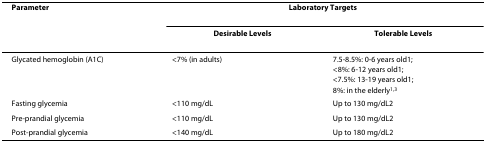
<table><thead><tr><td><b>Parameter</b></td><td colspan="2"><b>Laboratory Targets</b></td></tr><tr><td></td><td><b>Desirable Levels</b></td><td><b>Tolerable Levels</b></td></tr></thead><tbody><tr><td>Glycated hemoglobin (A1C)</td><td>&lt;7% (in adults)</td><td>7.5-8.5%: 0-6 years old1;&lt;8%: 6-12 years old1;&lt;7.5%: 13-19 years old1;8%: in the elderly<sup>1,3</sup></td></tr><tr><td>Fasting glycemia</td><td>&lt;110 mg/dL</td><td>Up to 130 mg/dL2</td></tr><tr><td>Pre-prandial glycemia</td><td>&lt;110 mg/dL</td><td>Up to 130 mg/dL2</td></tr><tr><td>Post-prandial glycemia</td><td>&lt;140 mg/dL</td><td>Up to 180 mg/dL2</td></tr></tbody></table>